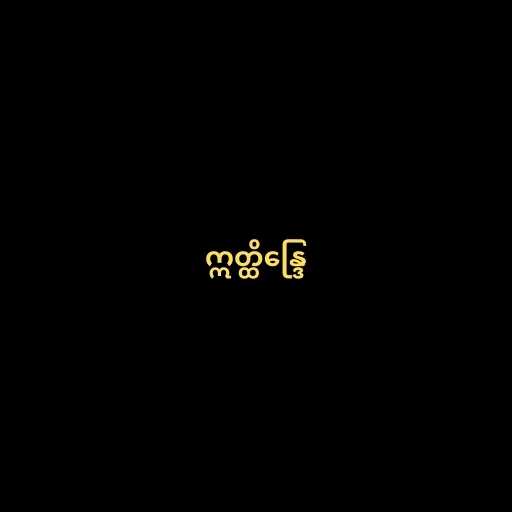
ဣတ္ထိန္ဒြေ